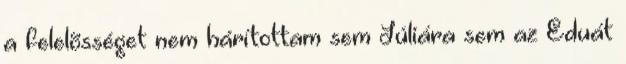
a felelõsséget nem hárítottam sem Júliára sem az Eduát